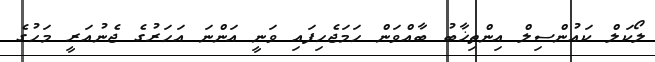
ލޯކަލް ކައުންސިލް އިންތިޚާބު ބާއްވަން ހަމަޖެހިފައި ވަނީ އަންނަ އަހަރުގެ ޖެނުއަރީ މަހުގެ